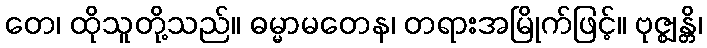
တေ၊ ထိုသူတို့သည်။ ဓမ္မာမတေန၊ တရားအမြိုက်ဖြင့်။ ဗုဇ္ဈန္တိ၊